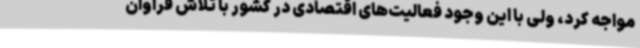
مواجه کرد، ولی با این وجود فعالیت‌های اقتصادی در کشور با تلاش فراوان